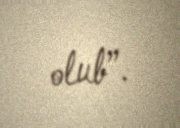
olub”.